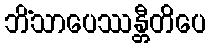
ဘိံသာပေဿန္တီတိပေ